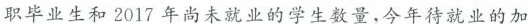
职毕业生和2017年尚未就业的学生数量，今年待就业的加